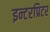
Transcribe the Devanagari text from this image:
इन्टरप्रिटर